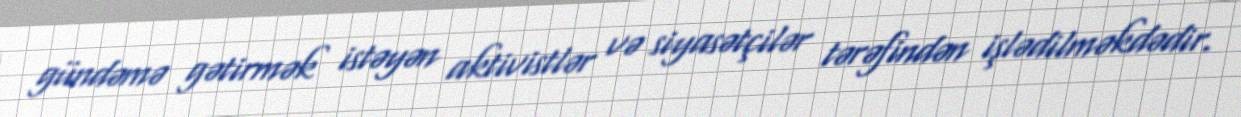
gündəmə gətirmək istəyən aktivistlər və siyasətçilər tərəfindən işlədilməkdədir.